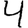
Digit: 4